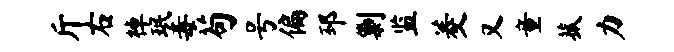
斤右棹珉毒苟号偏邳剿监菱又童菰力